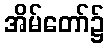
အိမ်တော်၌